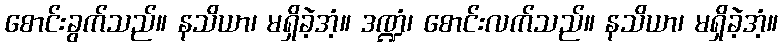
စောင်းခွက်သည်။ နသိယာ၊ မရှိခဲ့အံ့။ ဒဏ္ဍံ၊ စောင်းလက်သည်။ နသိယာ၊ မရှိခဲ့အံ့။